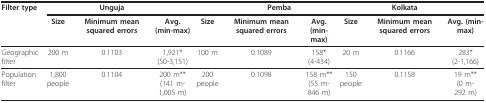
<table><thead><tr><td><b>Filter type</b></td><td>[EMPTY_CELL]</td><td><b>Unguja</b></td><td>[EMPTY_CELL]</td><td>[EMPTY_CELL]</td><td colspan="2"><b>Pemba</b></td><td>[EMPTY_CELL]</td><td><b>Kolkata</b></td><td>[EMPTY_CELL]</td></tr><tr><td>[EMPTY_CELL]</td><td><b>Size</b></td><td><b>Minimum mean squared errors</b></td><td><b>Avg.(min-max)</b></td><td><b>Size</b></td><td><b>Minimum mean squared errors</b></td><td><b>Avg.(min-max)</b></td><td><b>Size</b></td><td><b>Minimum mean squared errors</b></td><td><b>Avg. (min-max)</b></td></tr></thead><tbody><tr><td>Geographic filter</td><td>200 m</td><td>0.1103</td><td>1,921*(50-3,151)</td><td>100 m</td><td>0.1089</td><td>158* (4-434)</td><td>20 m</td><td>0.1166</td><td>283*(2-1,166)</td></tr><tr><td>Population filter</td><td>1,800people</td><td>0.1104</td><td>200 m**(141 m-1,005 m)</td><td>200people</td><td>0.1098</td><td>158 m**(55 m-846 m)</td><td>150people</td><td>0.1158</td><td>19 m**(0 m-292 m)</td></tr></tbody></table>